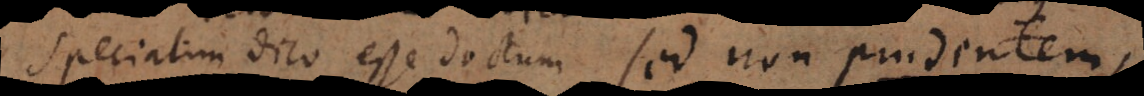
speciatim dico esse doctum sed non prudentem,